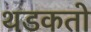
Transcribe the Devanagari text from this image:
थडकतो